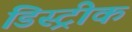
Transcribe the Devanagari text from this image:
डिस्ट्रीक